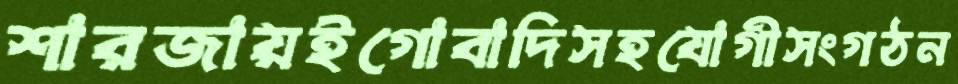
শারজায়ইগোবাদিসহযোগীসংগঠন